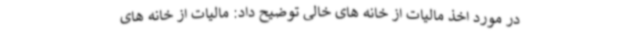
در مورد اخذ مالیات از خانه های خالی توضیح داد: مالیات از خانه های